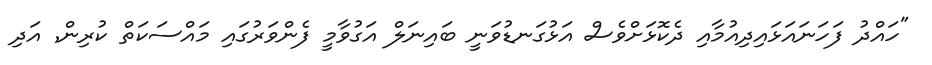
"ހައްދު ފަހަނައަޅައިދިއުމާއި ދެކޮޅަށްވެސް އަޅުގަނޑުވަނީ ބައިނަލް އަގުވާމީ ފެންވަރުގައި މައްސަކަތް ކުރިން